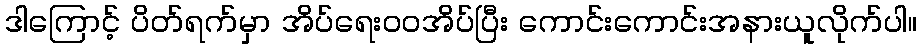
ဒါကြောင့် ပိတ်ရက်မှာ အိပ်ရေးဝဝအိပ်ပြီး ကောင်းကောင်းအနားယူလိုက်ပါ။